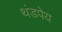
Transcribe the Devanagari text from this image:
थंडपेय